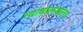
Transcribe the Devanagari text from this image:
न्यायालयाला